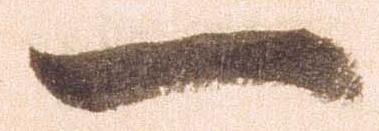
一